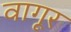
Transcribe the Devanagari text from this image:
वागूर